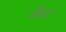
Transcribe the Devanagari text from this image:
बेस्ल